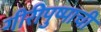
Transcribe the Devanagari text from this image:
गीरीपुष्पाची